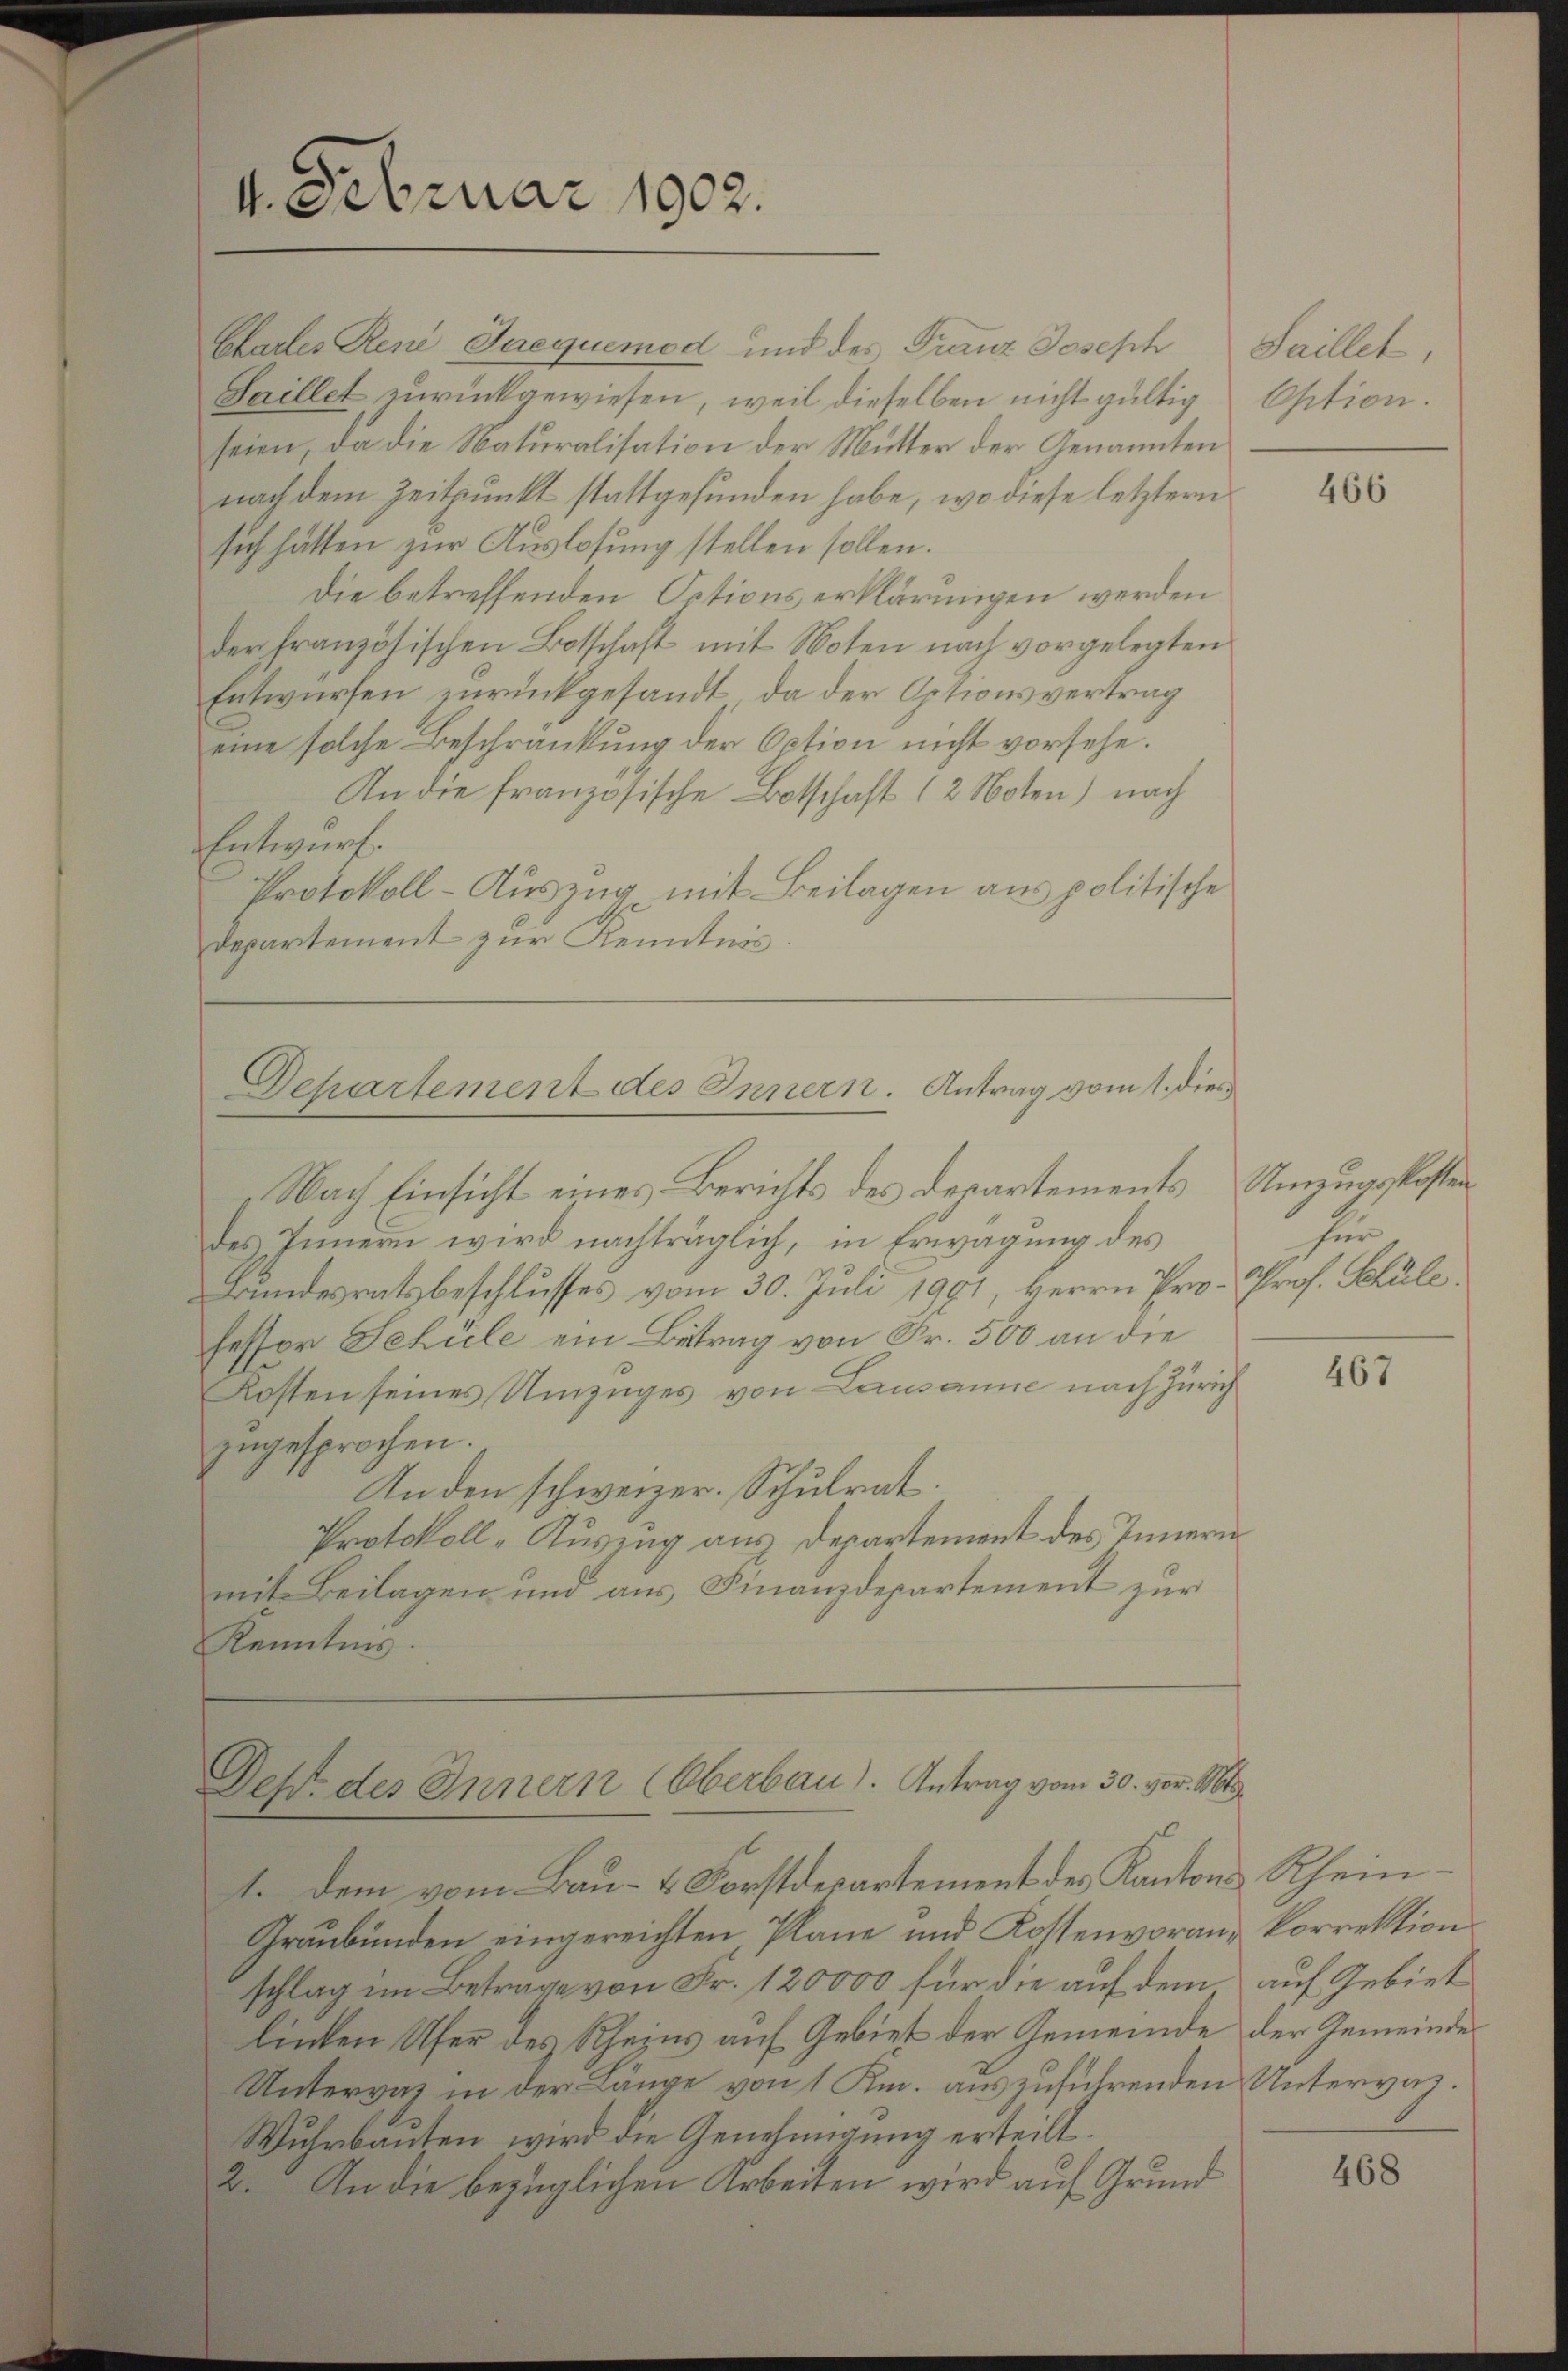
Chartes René Jaequemod und des Franz Joseph Saillet,
Haillet zurückgewiesen, weil dieselben nicht gültig
seien, da die Naturalisation der Mutter der Genannten
nach dem Zeitpunkt stattgefunden habe, wo diese letztern
sich hätten zur Auslosung stellen sollen.
Die betreffenden Octions erklärungen werden
der französischen Botschaft mit Noten nach vorgelegten
Entwürfen zurückgesandt, da der Optionsvertrag
eine solche Beschränkung der Oction nicht vorsehe.
An die französische Botschaft (2 Noten) nach
Entwurf.
Protokoll-Auszug mit Beilagen aus politische
Departement zur Kenntnis
Departement des Innern. Antrag vom 1. dies
Nach Einsicht eines Berichts des Departements Umzugskosten
des Innern wird nachträglich, in Erwägung des
Bundesratsbeschlusses vom 30. Juli 1901, Herrn Pro. Prof. Schule.
fessor Schüle ein Betrag von Fr. 500 an die
Kosten seines Umzuges von Lausanne nach Zürich
zugesprochen.
Anden schweizer. Schulrat.
Protokoll-Auszug aus Departement des Innern
mit Beilagen und aus Finanzdepartement zur
Kenntnis.

4. Februar 1902.

Dep. des Innern (Oberbau). Antrag vom 30. vor. Mts.

1. Dem vom Bau- & Forstdepartement des Kantons Rhein¬
Graubünden eingereichten Pläne und Kostenvoran-Correktion
schlag im Betrage von Fr. 120000 für die auf dem
linken Ufer des Rheins auf Gebiet der Gemeinde der Gemeinde
Untervaz in der Länge von 1 Km. auszuführenden Untervaz¬
Wuhrbauten wird die Genehmigung erteilt.
2. An die bezüglichen Arbeiten wird auf Grund

Option.

466

für.

467

auf Gebiet

468